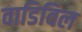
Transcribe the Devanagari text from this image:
वाडिविल